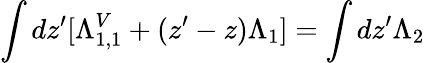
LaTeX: \int dz^{\prime}[\Lambda_{1,1}^{V}+(z^{\prime}-z)\Lambda_{1}]=\int dz^{\prime}\Lambda_{2}